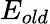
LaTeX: E_{old}